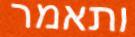
ותאמר